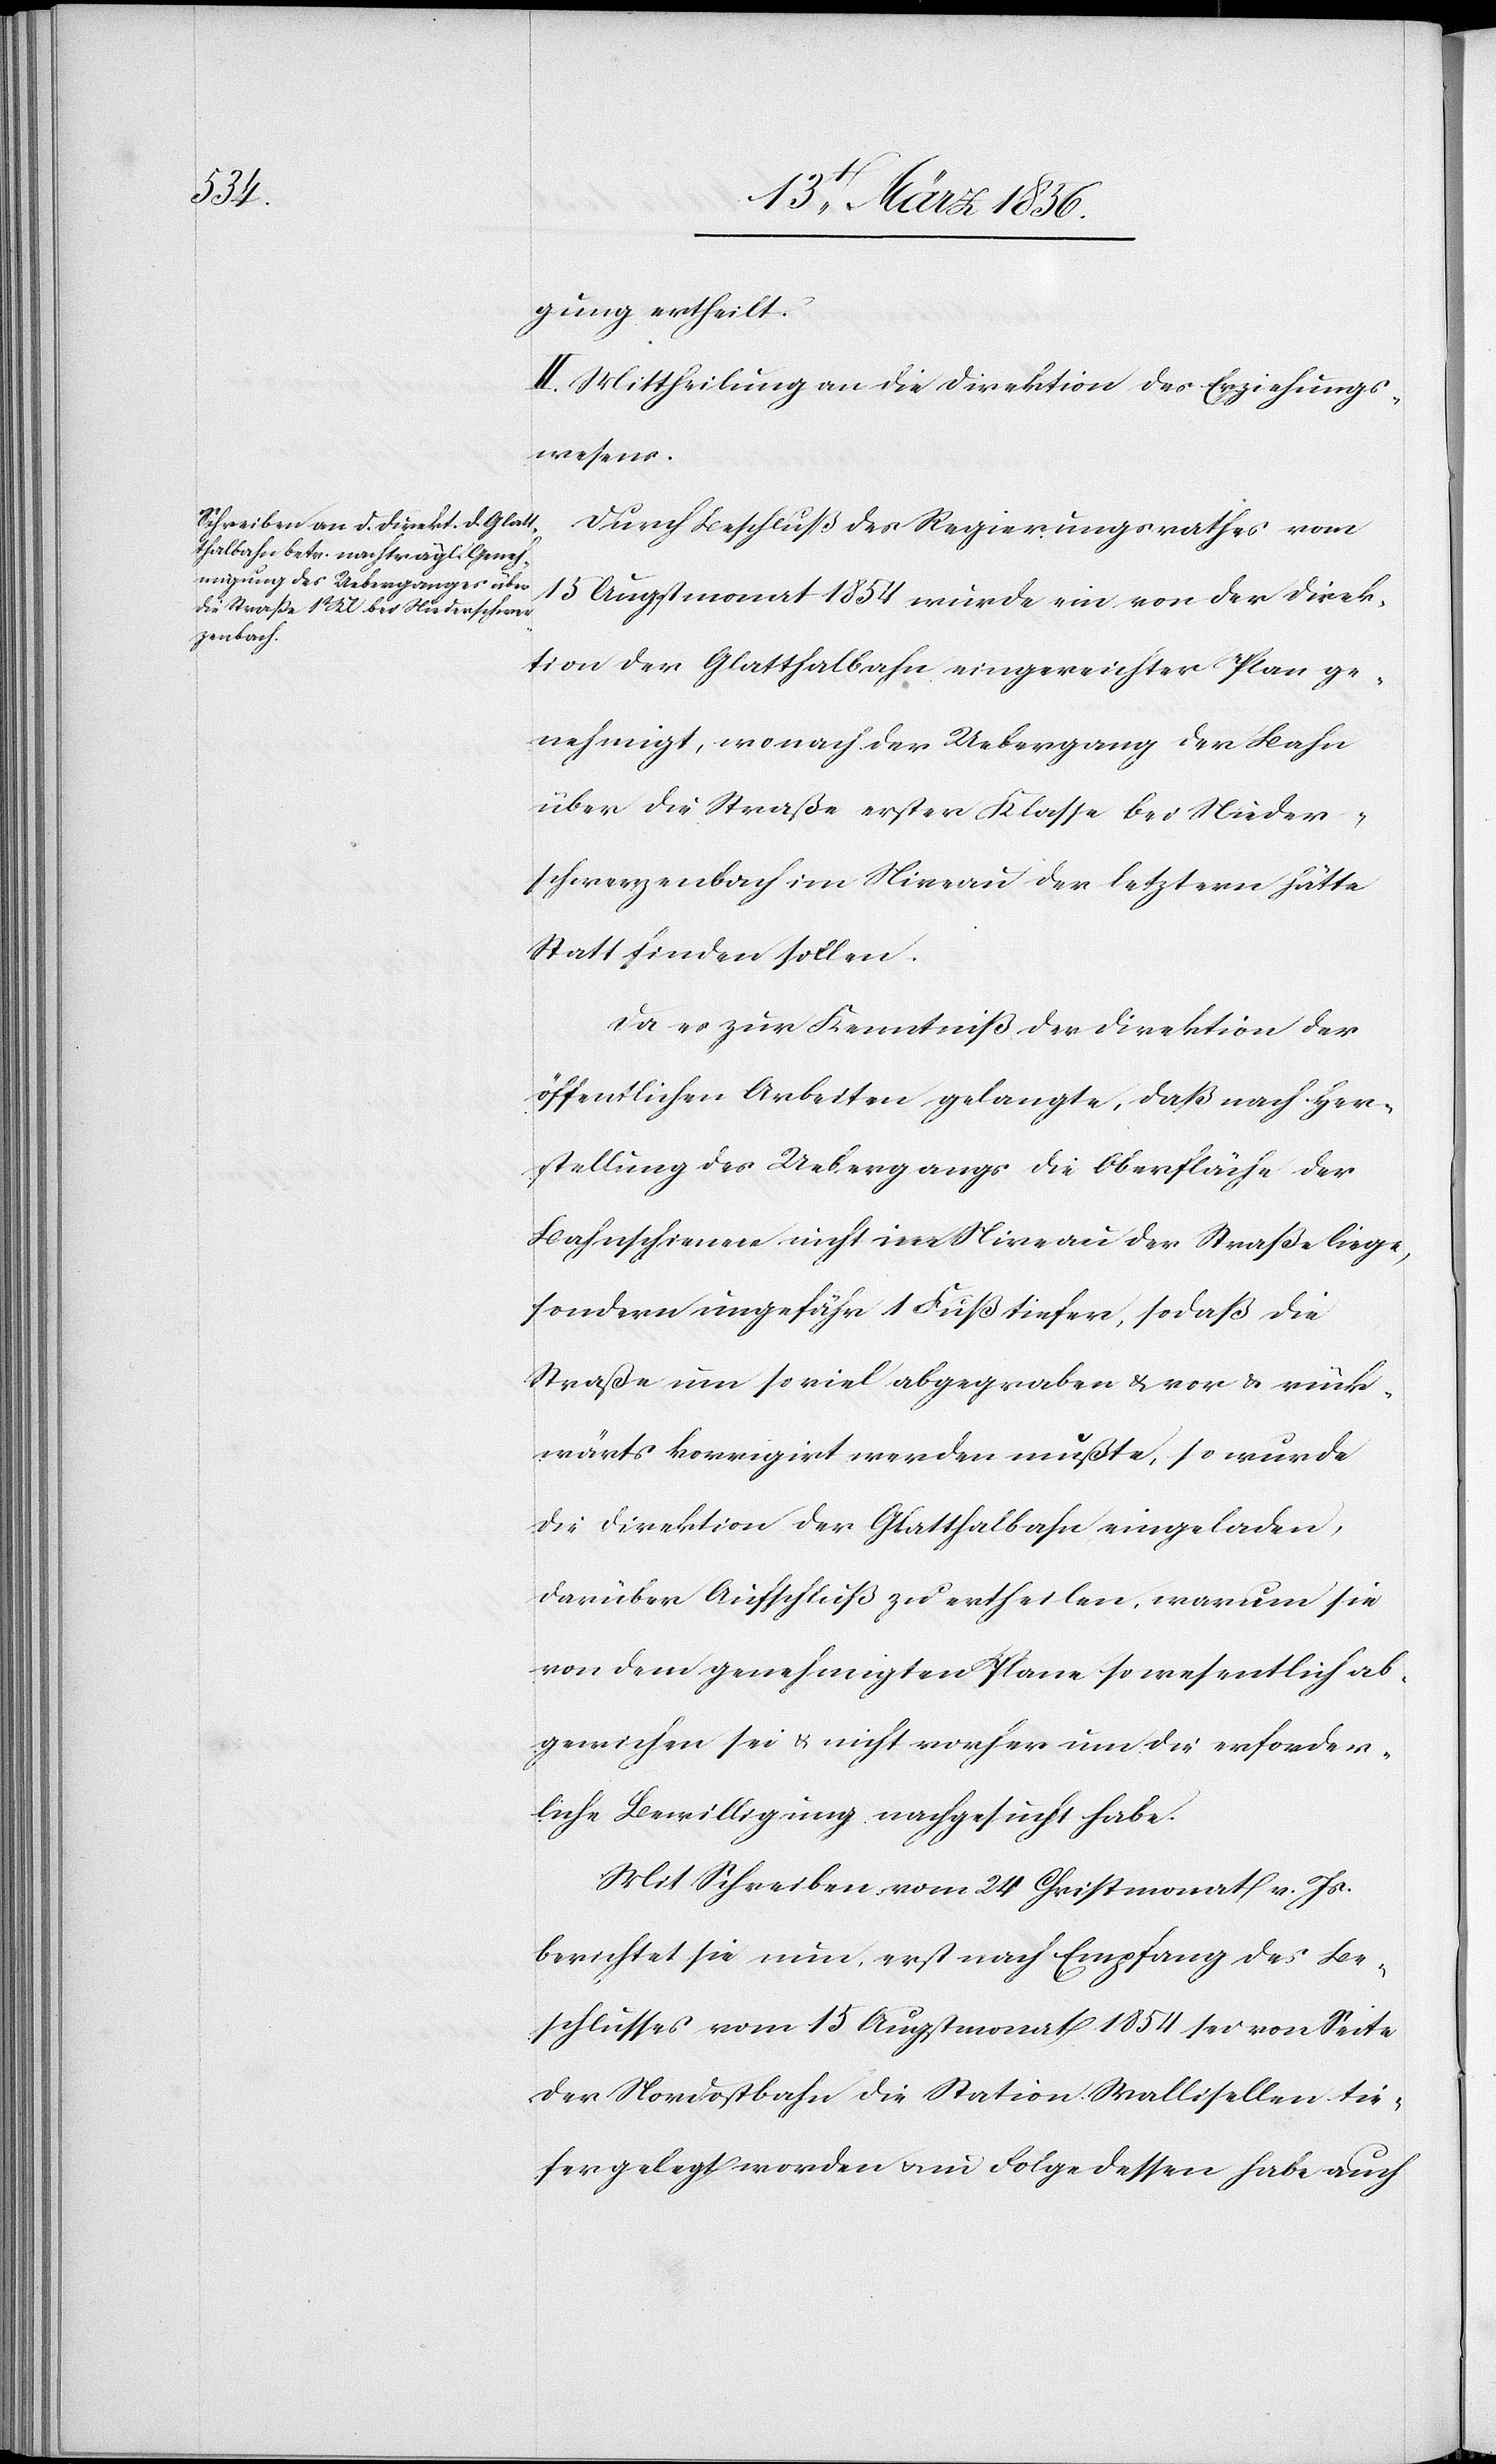
gung ertheilt.
II. Mittheilung an die Direktion des Erziehungs¬
wesens.
Durch Beschluß des Regierungsrathes vom
15 Augstmonat 1854 wurde ein von der Direk¬
tion der Glatthalbahn eingereichter Plan ge¬
nehmigt, wonach der Uebergang der Bahn
über die Straße erster Klasse bei Nieder¬
schwerzenbach im Niveau der letztern hätte
statt finden sollen.
Da es zur Kenntniß der Direktion der
öffentlichen Arbeiten gelangte, daß nach Her¬
stellung des Uebergangs die Oberfläche der
Bahnschienen nicht im Niveau der Straße liege,
sondern ungefähr 1 Fuß tiefer, sodaß die
Straße um so viel abgegraben & vor & rück¬
wärts korrigirt werden müßte, so wurde
die Direktion der Glatthalbahn eingeladen,
darüber Aufschluß zu ertheilen, warum sie
von dem genehmigten Plane so wesentlich ab¬
gewichen sei & nicht vorher um die erforder¬
liche Bewilligung nachgesucht habe.
Mit Schreiben vom 24 Christmonat v. Js.
berichtet sie nun, erst nach Empfang des Be¬
schlusses vom 15 Augstmonat 1854 sei von Seite
der Nordostbahn die Station Wallisellen tie¬
fer gelegt worden u. in Folge dessen habe auch